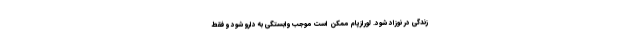
زندگی در نوزاد شود. لورازپام ممکن است موجب وابستگی به دارو شود و فقط